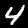
Label: 4